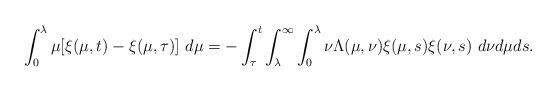
LaTeX: \begin{align*}\int_{0}^{\lambda}\mu[\xi(\mu,t)-\xi(\mu,\tau)]\ d\mu = -\int_{\tau}^{t}\int_{\lambda}^{\infty}\int_{0}^{\lambda}\nu\Lambda(\mu,\nu)\xi(\mu,s)\xi(\nu,s)\ d\nu d\mu ds.\end{align*}%\end{align*}